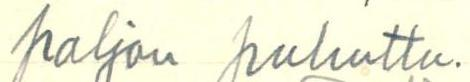
paljon puhuttu.